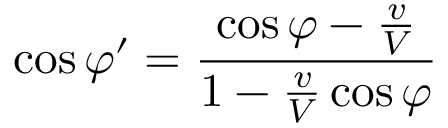
\cos \varphi ^ { \prime } = { \frac { \cos \varphi - { \frac { v } { V } } } { 1 - { \frac { v } { V } } \cos \varphi } }